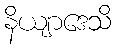
နိယျာဒေသိ